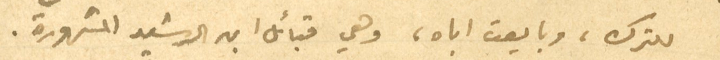
للترك ، وبايعت اباه، وهي قبائل ابى الرشيد المشهورة.